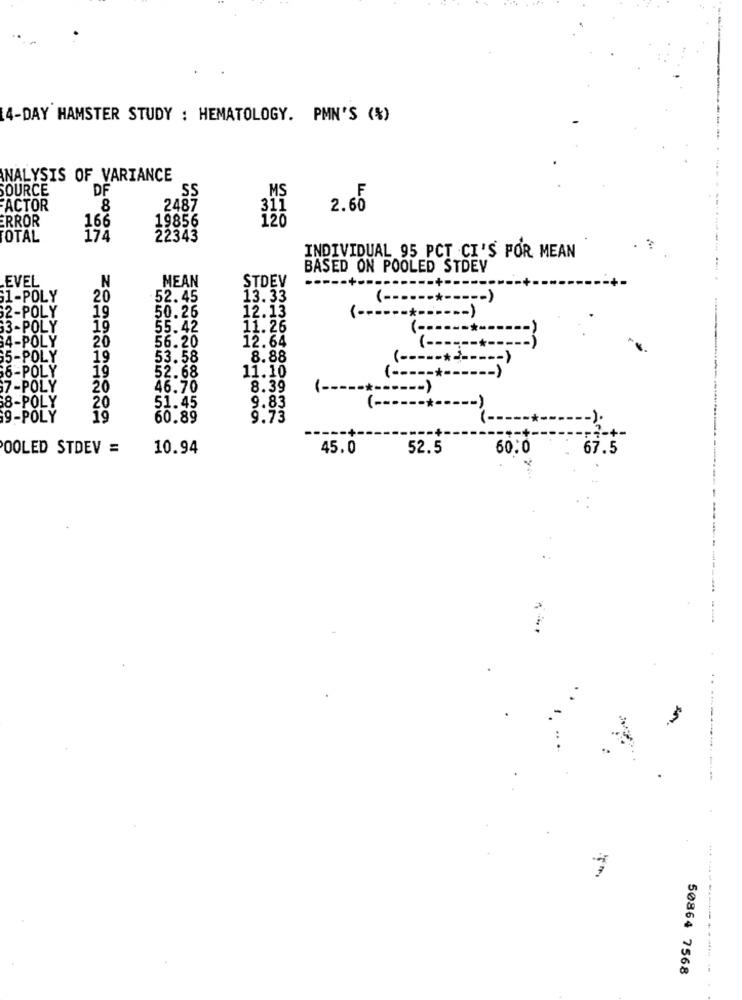
4-DAY HAMSTER STUDY : HEMATOLOGY. PMN'S (%)
ANALYSIS OF VARIANCE
SOURCE
DF
SS
MS
.F
FACTOR
8
2487
311
2.60
ERROR
19856
166
TOTAL
174
22343
. ?
INDIVIDUAL 95 PCT CI'S POR MEAN
BASED ON POOLED STDEV
N
MEAN
STDEV
.EVEL
1-POLY
20
52.45
13.33
50.26
12.13
2-POLY
19
3-POLY
19
55.42
11.26
20
56.20
12.64
4-POLY
5-POLY
19
53.58
8.88
6-POLY
19
52.68
11.10
7-POLY
20
46.70
8.39
1-
20
51.45
8-POLY
9.83
(-
9-POLY
19
60.89
9.73
OOLED STDEV =
10.94
45.0
52.5
60.0
67.5
+++
--
50864 7568